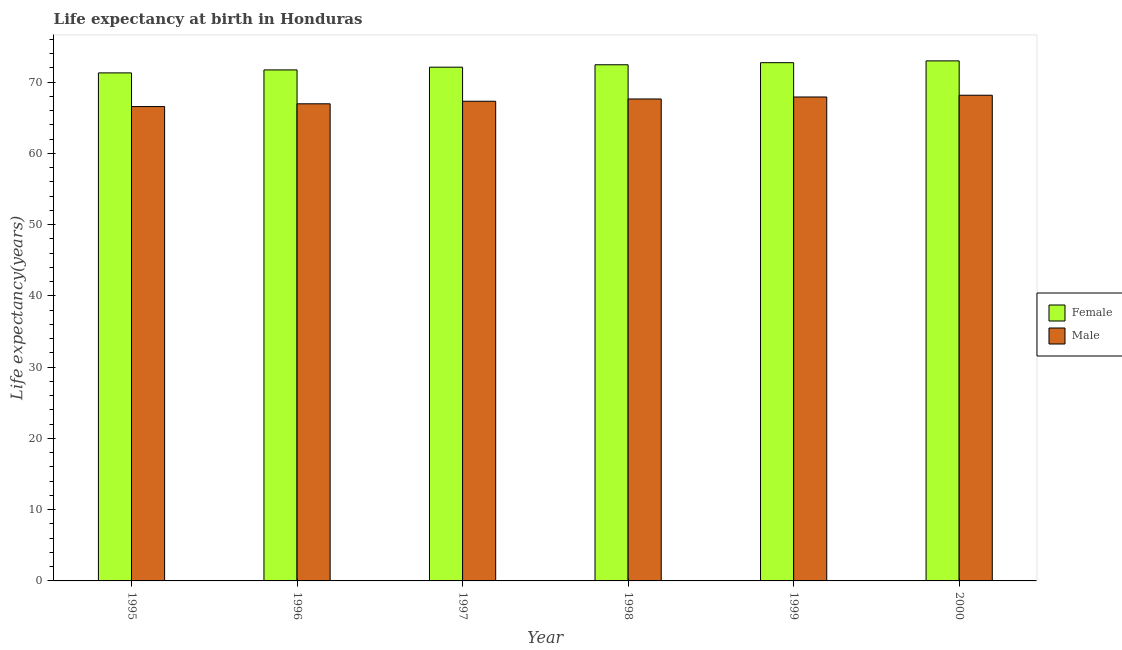
| Year | Female | Male |
 | --- | --- | --- |
 | 1995 | 71.3 | 66.6 |
 | 1996 | 71.7 | 66.9 |
 | 1997 | 72.1 | 67.3 |
 | 1998 | 72.4 | 67.6 |
 | 1999 | 72.7 | 67.9 |
 | 2000 | 73 | 68.1 |